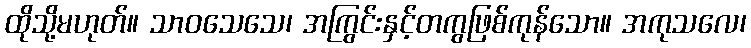
ထိုသို့မဟုတ်။ သာဝသေသေ၊ အကြွင်းနှင့်တကွဖြစ်ကုန်သော။ အကုသလေ၊